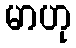
မာဟု